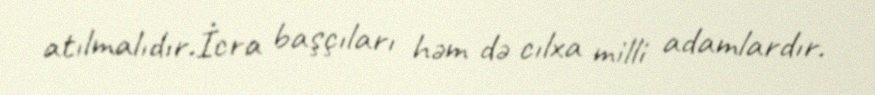
atılmalıdır.İcra başçıları həm də cılxa milli adamlardır.